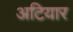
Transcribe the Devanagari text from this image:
अटियार